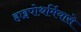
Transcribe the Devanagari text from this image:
हाइपोथर्मियासे